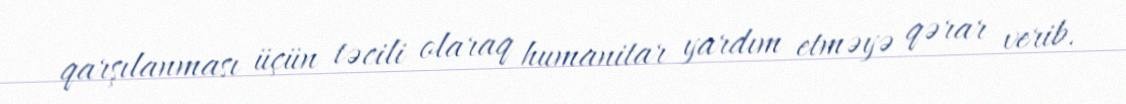
qarşılanması üçün təcili olaraq humanitar yardım etməyə qərar verib.